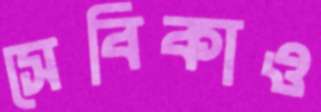
সেবিকাও